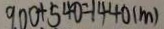
9 0 0 + 5 4 0 = 1 4 4 0 ( m )